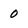
Character: 0